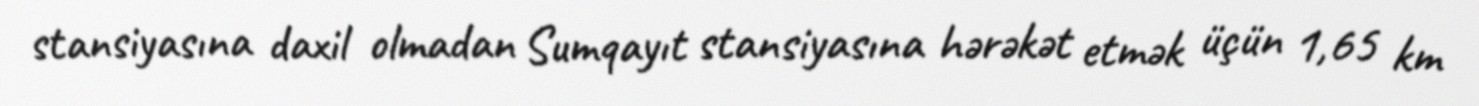
stansiyasına daxil olmadan Sumqayıt stansiyasına hərəkət etmək üçün 1,65 km